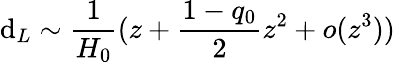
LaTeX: \mathrm{d}_{L}\sim\frac{{1}}{{H_{0}}}(z+\frac{{1-q_{0}}}{{2}}z^{2}+o(z^{3}))